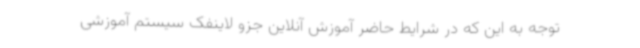
توجه به این که در شرایط حاضر آموزش آنلاین جزو لاینفک سیستم آموزشی